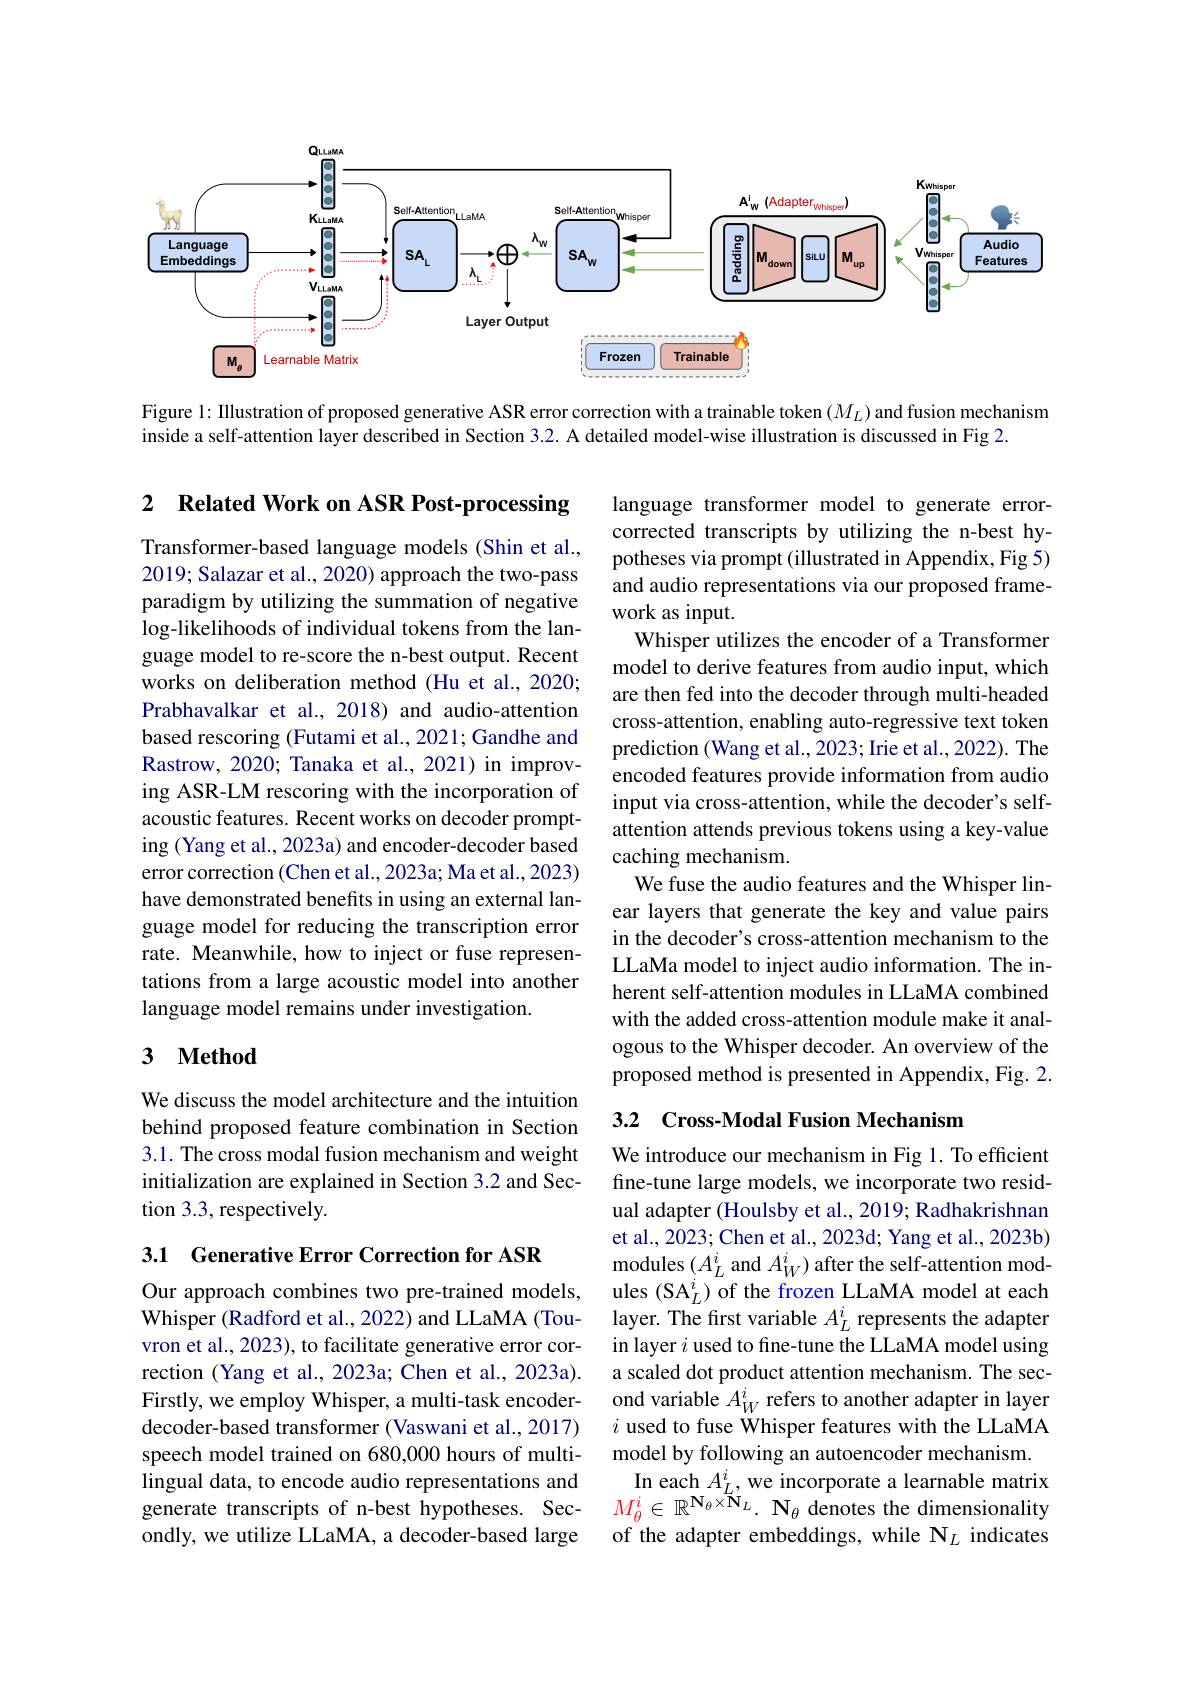
<FigureHere>

Figure 1: IIlustration of proposed generative ASR error correction with a trainable token $(M_L)$ and fusion mechanism
inside a self-attention layer described in Section 3.2. A detailed model-wise illustration is discussed in Fig 2.

2 Related Work on ASR Post-processing

Transformer-based language models (Shin et al., 2019; Salazar et al., 2020) approach the two-pass paradigm by utilizing the summation of negative log-likelihoods of individual tokens from the language model to re-score the n-best output. Recent works on deliberation method (Hu et al., 2020; Prabhavalkar et al., 2018) and audio-attention based rescoring (Futami et al., 2021; Gandhe and Rastrow, 2020; Tanaka et al., 2021) in improving ASR-LM rescoring with the incorporation of acoustic features. Recent works on decoder prompting (Yang et al., 2023a) and encoder-decoder based error correction (Chen et al., 2023a; Ma et al., 2023) have demonstrated benefits in using an external language model for reducing the transcription error rate. Meanwhile, how to inject or fuse representations from a large acoustic model into another language model remains under investigation.

language transformer model to generate errorcorrected transcripts by utilizing the n-best hypotheses via prompt (illustrated in Appendix, Fig 5) and audio representations via our proposed framework as input.
Whisper utilizes the encoder of a Transformer model to derive features from audio input, which are then fed into the decoder through multi-headed cross-attention, enabling auto-regressive text token prediction (Wang et al., 2023; Irie et al., 2022). The encoded features provide information from audio input via cross-attention, while the decoder's selfattention attends previous tokens using a key-value caching mechanism.
We fuse the audio features and the Whisper linear layers that generate the key and value pairs in the decoder's cross-attention mechanism to the LLaMa model to inject audio information. The inherent self-attention modules in LLaMA combined with the added cross-attention module make it analogous to the Whisper decoder. An overview of the proposed method is presented in Appendix, Fig. 2.

### 3 $\textbf{Method}$

### 3.2 Cross-Modal Fusion Mechanism

We discuss the model architecture and the intuition behind proposed feature combination in Section 3.1. The cross modal fusion mechanism and weight initialization are explained in Section 3.2 and Section 3.3, respectively.

3.1 Generative Error Correction for ASR

We introduce our mechanism in Fig 1. To efficient fine-tune large models, we incorporate two residual adapter (Houlsby et al., 2019; Radhakrishnan et al., 2023; Chen et al., 2023d; Yang et al., 2023b) modules $(A_L^i$ and $A_W^i)$ after the self-attention modules (SA$_L^i)$ of the frozen LLaMA model at each layer. The first variable $A_L^i$ represents the adapter in layer $i$ used to fine-tune the LLaMA model using a scaled dot product attention mechanism. The second variable $A_W^i$ refers to another adapter in layer $i$ used to fuse Whisper features with the LLaMA model by following an autoencoder mechanism.
In each $A_L^i$, we incorporate a learnable matrix $M_{\theta}^{i}\in\mathbb{R}^{\mathbf{N}_{\theta}\times\tilde{\mathbf{N}}_{L}}.\mathbf{N}_{\theta}$ denotes the dimensionality of the adapter embeddings, while N$_L$ indicates

Our approach combines two pre-trained models, Whisper (Radford et al., 2022) and LLaMA (Touvron et al., 2023), to facilitate generative error correction (Yang et al., 2023a; Chen et al., 2023a). Firstly, we employ Whisper, a multi-task encoderdecoder-based transformer (Vaswani et al., 2017) speech model trained on 680,000 hours of multilingual data, to encode audio representations and generate transcripts of n-best hypotheses. Secondly, we utilize LLaMA, a decoder-based large